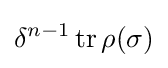
\delta ^{n-1}\operatorname {tr} \rho (\sigma )